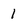
Character: 1